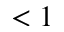
< 1